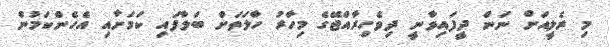
މި ރެލީއަށް ނަން ދީފައިވާނީ ދިވެހިރާއްޖޭގެ މިހާރު ހާލަތަަށް ބަލާފައި ކަމަށާއި އެހެންކަމުން